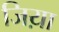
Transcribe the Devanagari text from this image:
जिय़ा